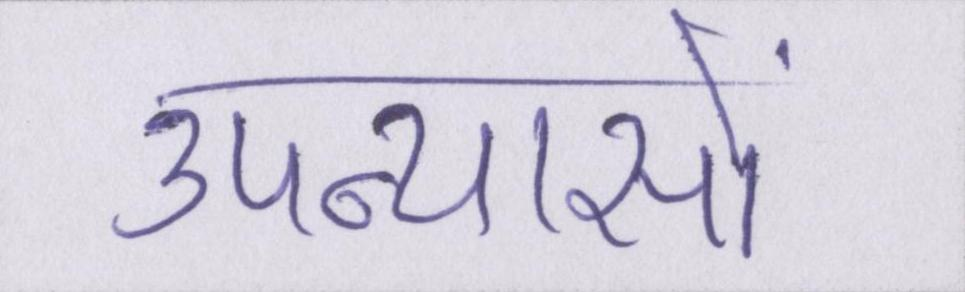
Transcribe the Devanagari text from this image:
उपन्यासों